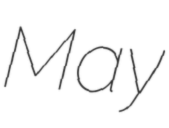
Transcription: May